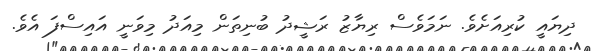
ދިޔައީ ކުރިއަށެވެ. ނަމަވެސް ރިޔާޒު ރަޝީދު ބުނިތަން މިއަދު މިވަނީ އައިސްފަ އެވެ.